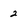
Character: 2